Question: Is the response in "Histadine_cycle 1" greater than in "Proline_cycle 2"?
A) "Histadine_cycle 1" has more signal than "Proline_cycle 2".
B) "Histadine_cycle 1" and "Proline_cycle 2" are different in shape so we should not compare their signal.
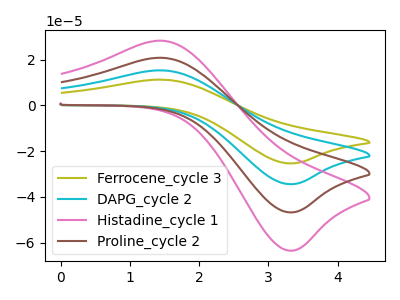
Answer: <think>The olive curve "Ferrocene_cycle 3" has an anodic peak at (1.45V, 62.60uA) and a cathodic peak at (3.30V, -140.25uA). The cyan curve "DAPG_cycle 2" has an anodic peak at (1.45V, 41.70uA) and a cathodic peak at (3.30V, -93.50uA). The pink curve "Histadine_cycle 1" has an anodic peak at (1.45V, 28.35uA) and a cathodic peak at (3.30V, -63.50uA). The brown curve "Proline_cycle 2" has an anodic peak at (1.45V, 20.85uA) and a cathodic peak at (3.30V, -46.75uA).
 All the peaks in "Histadine_cycle 1" have a peak in "Proline_cycle 2" at the same potential. Every peak in "Histadine_cycle 1" is higher than every peak in "Proline_cycle 2".</think>
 <answer>A) "Histadine_cycle 1" has more signal than "Proline_cycle 2".</answer>
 <eval>A</eval>